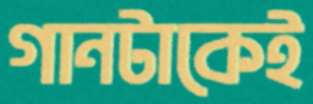
গানটাকেই